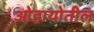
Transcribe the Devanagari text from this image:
ओहायोतील